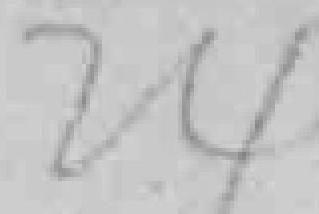
24